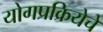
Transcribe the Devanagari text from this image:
योगप्रक्रियेचे